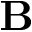
\mathbf { B }